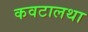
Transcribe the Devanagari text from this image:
कवटालथा